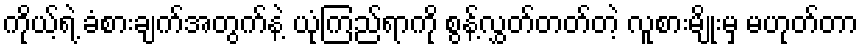
ကိုယ့်ရဲ့ ခံစားချက်အတွက်နဲ့ ယုံကြည်ရာကို စွန့်လွှတ်တတ်တဲ့ လူစားမျိုးမှ မဟုတ်တာ